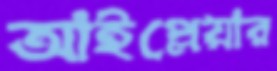
আইপ্লেয়ার